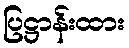
ပြဋ္ဌာန်းထား